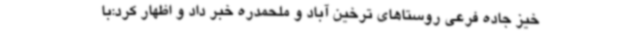
خیز جاده فرعی روستاهای ترخین آباد و ملحمدره خبر داد و اظهار کرد:با